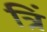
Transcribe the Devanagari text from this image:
त्रिं